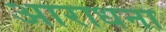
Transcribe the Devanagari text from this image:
अाराधना